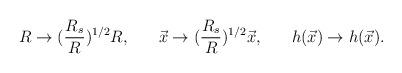
LaTeX: \begin{align*}R \rightarrow ({R_s \over R})^{1/2}R , \;\;\;\;\; \, \, \vec{x} \rightarrow ({R_s \over R})^{1/2}\vec{x}, \;\;\;\;\; \, \, h(\vec{x}) \rightarrow h(\vec{x}).\end{align*}